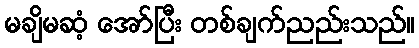
မချိမဆံ့ အော်ပြီး တစ်ချက်ညည်းသည်။